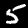
Digit: 5